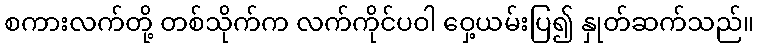
စကားလက်တို့ တစ်သိုက်က လက်ကိုင်ပဝါ ဝှေ့ယမ်းပြ၍ နှုတ်ဆက်သည်။